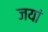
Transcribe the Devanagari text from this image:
जयां